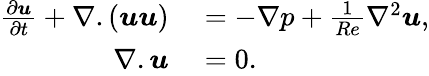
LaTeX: \begin{array}{rl}{\frac{\partial\boldsymbol{u}}{\partial t}+\nabla.({\boldsymbol{u}}{\boldsymbol{u}})}&{{}=-{\nabla}{p}+\frac{1}{Re}{\nabla}^{2}{\boldsymbol{u}},}\\ {{\nabla}.{\boldsymbol{u}}}&{{}=0.}\end{array}